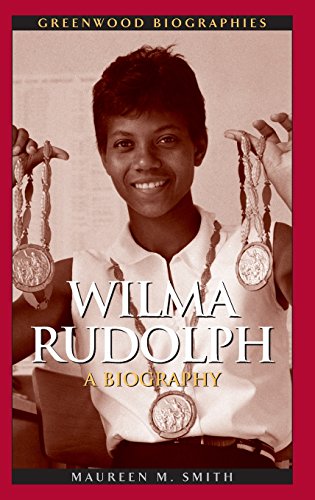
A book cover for Wilma Rudolph: A Biography (Greenwood Biographies); Maureen Margaret Smith; Sports & Outdoors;